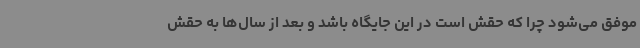
موفق می‌شود چرا که حقش است در این جایگاه باشد و بعد از سال‌ها به حقش